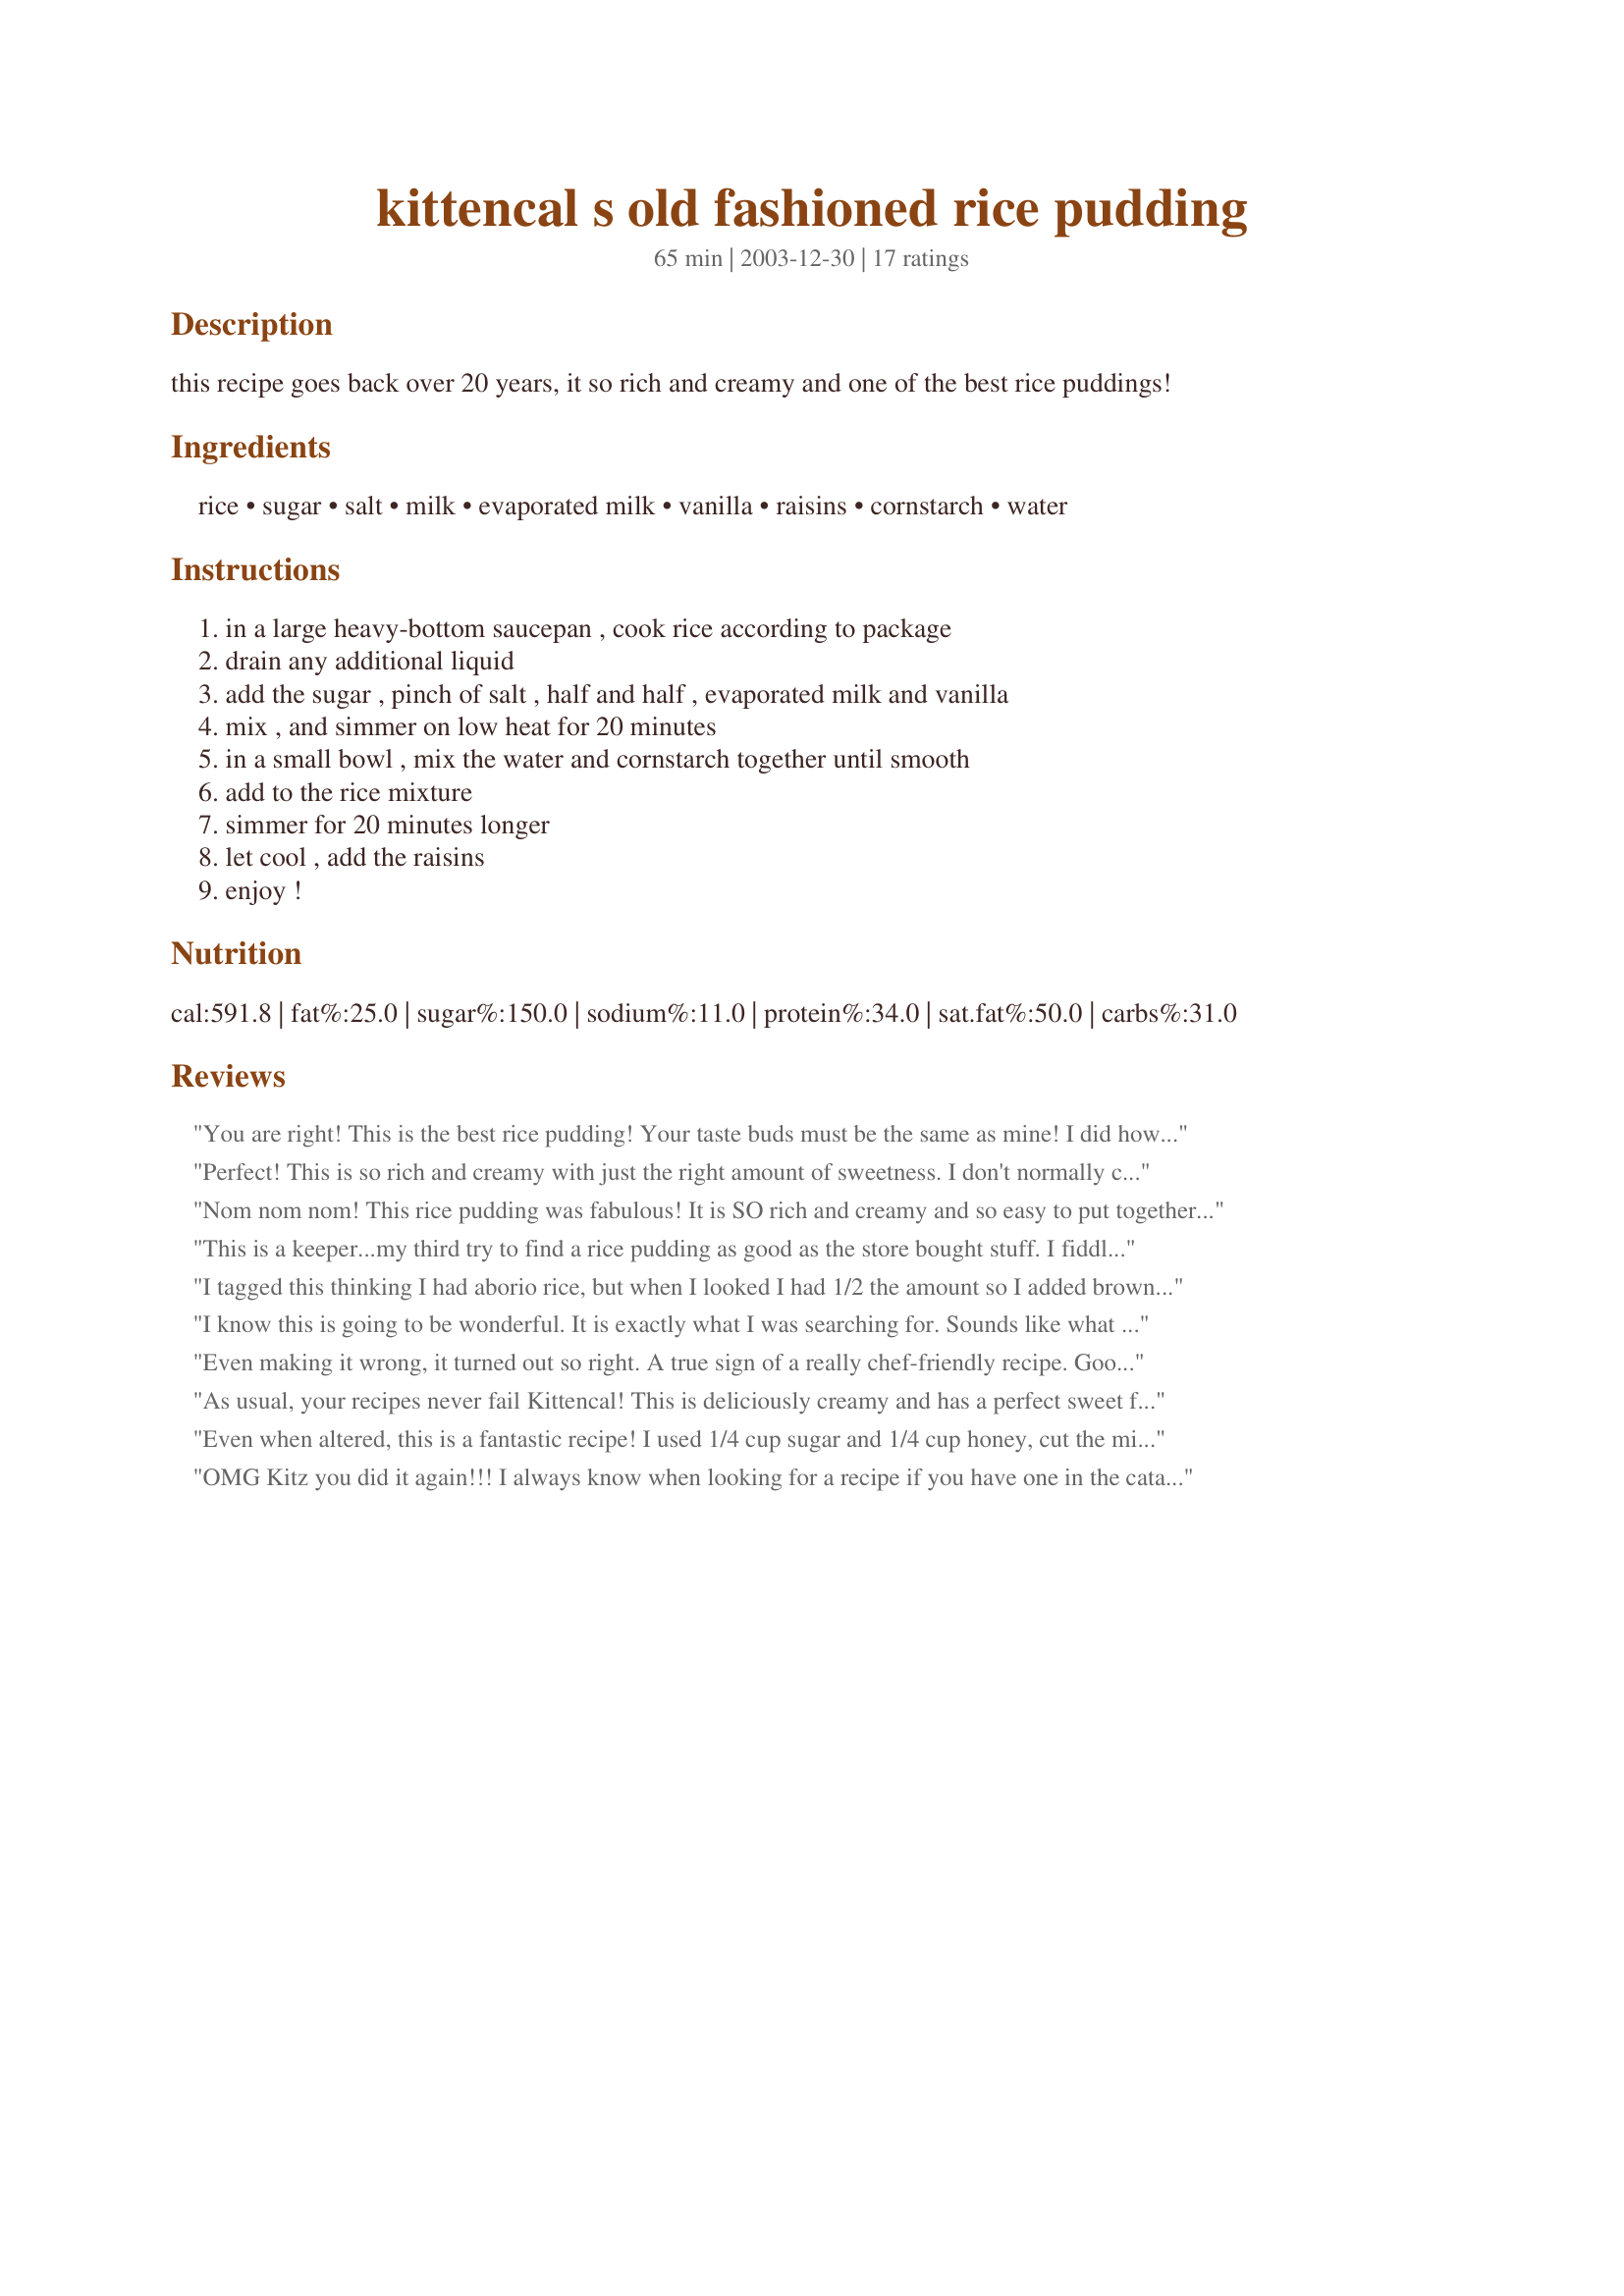
kittencal s old fashioned rice pudding
Preparation time: 65 minutes

this recipe goes back over 20 years, it so rich and creamy and one of the best rice puddings!

Ingredients:
rice, sugar, salt, milk, evaporated milk, vanilla, raisins, cornstarch, water

Steps:
in a large heavy-bottom saucepan , cook rice according to package, drain any additional liquid, add the sugar , pinch of salt , half and half , evaporated milk and vanilla, mix , and simmer on low heat for 20 minutes, in a small bowl , mix the water and cornstarch together until smooth, add to the rice mixture, simmer for 20 minutes longer, let cool , add the raisins, enjoy !

Reviews:
You are right! This is the best rice pudding! Your taste buds must be the same as mine! I did however use Natural whole grain brown rice, brown sugar, and added 1/2 teaspoon lemon extract. Very good! Thanks for another good one!
Perfect! This is so rich and creamy with just the right amount of sweetness. I don't normally cook with evaporated milk and came upon this recipe to try to use it up. I bought the arrborio rice to use for this and I think that's what I'll always use. There's a reason this has been around for 20 years - it's fantastic!
Nom nom nom! This rice pudding was fabulous! It is SO rich and creamy and so easy to put together. I used medium grain rice, skim milk, low-fat half-and-half, low-fat evaporated milk, and Splenda to save on calories. I added 1/2 a cup of raisins to half the batch and sprinkled cinnamon on the top to fill in a small heart-shaped cookie cutter. My boyfriend said this was awesome, and said he couldn't wait to enjoy it ALL. I had to secretly steal some to take home with me ;x I found it a little runny several hours after chilling; however, it definitely thickens in the fridge overnight. I enjoyed this warm and cold.

Note to the impatient: Do NOT leave this baby unattended while cooking! I thought I could let it simmer while I took a quick shower and I discovered an erupted mess. If you must multi-task, make sure you're in the kitchen ;]
This is a keeper...my third try to find a rice pudding as good as the store bought stuff. I fiddled with the cooking time & amounts since I cut the recipe in 1/3, but some of the ingredients I guessed on the right amount for the smaller batch. I should have used a little less sugar and vanilla, but it wasn't the recipe's fault. If I had made a full batch I'm sure it would have come out perfect. I used Pearl rice (short grain from the Mexican section), half & half and Recipe #39562 instead of store bought evaportated milk, and skipped the raisons. The corn starch thickened this up wonderfully. I just ate a warm bowl and can't wait for it to chill so I can have some tomorrow. Wonderful! UPDATE - Cold it is amazing. Tastes just like the rice pudding from the store, only healthier! And 50% of your calcium in 1 serving!
I tagged this thinking I had aborio rice, but when I looked I had 1/2 the amount so I added brown rice. I used Recipe #101039 but any variation of Recipe #53926 would be yummy as well. My can of low fat evaporation milk was 12 ounces with no less riches in end results. I also used equal amounts of non fat milk and 1/2 and 1/2. I did use raisins that I soaked to plump and topped with cinnamon. I wish you all can inhale the aroma of my rice pudding! Just truly lovely! Thanks for a rich and so creamy pudding!
I know this is going to be wonderful. It is exactly what I was searching for. Sounds like what my Mother use to make. Many, Many thanks, Nanilani
Even making it wrong, it turned out so right. A true sign of a really chef-friendly recipe. Good flavor, DH gives it 5. TY for your posting.
As usual, your recipes never fail Kittencal! This is deliciously creamy and has a perfect sweet flavor. I used 1.5 cups cooked rice and halved the rest of the recipe (looking at the pictures compared to mine, I will use a 1 to 2 ratio for uncooked vs. cooked rice next time instead of a 1 to 4 in order to get the right consistency). Thank you!
Even when altered, this is a fantastic recipe! I used 1/4 cup sugar and 1/4 cup honey, cut the milk down to three cups, used a 12oz. can of evaporated milk, and added the reserved juice from a can of mandarin oranges, about 1/2 cup. This made a LOT of pudding and I ended up simmering for about 20 minutes longer because it wasn't thickening up quickly enough. But it turned out SO GOOD! Was delicious hot a few hours ago and I'm eating it now chilled. Next time, I may add 1/2 tsp of cinnamon. Thanks for a fantastic recipe!
OMG Kitz you did it again!!! I always know when looking for a recipe if you have one in the catagory to make that first. I didn&#039;t have the Aborio Rice but did have Calrose Short Grain, No evaporated milk so substituted Heavy Cream which I pretty much always have a quart or two of... no raisins??? Used dried cranberries instead. Was a tad bit concerned since my old recipe of Rice Pudding was made with eggs... but figured what the heck you know what you are doing... so went with it. Am I ever glad I did, this is really a very nice rich, but not too rich pudding that will make a wonderful dessert with tonights meal and because I doubled it ( I do love rice pudding) I will have plenty for snacks and treats this week. Thank you for another Kittencal wonderful and delicious recipe!!!
I wasn't sure about the evaporated milk ethier and it was the first time for me to cook with Arborio Rice as I have eaten Risotto but not Arborio Rice Pudding. Well, I'm a convert to Arborio Rice Pudding but the verdict is still out on the evaporated milk, I will have to tinker with that still! I made the rice pudding according to instructions and I just had some ice cold this morning {I never eat Rice Pudding warm} absolutely yummy with a tiny bit of cream! Anyone wondering as I did about the 3 Tablespoons of cornstarch it does not affect the taste in any way. Thanks again for posting this timeless recipe which will go to my Heirloom Cookbook, Kittencalskitchen!
I tried this recipe last night, it is simply the most dreamy rice pudding I have tasted yet, except for my grandmother's.
Very nice and creamy! I used no fat half and half and a cup of raisins after soaking for a few minutes to plump them. This pudding is so creamy and rich and makes at least 1 1/2 quarts of pudding, personally, I would say this recipe would serve closer to 8-10. Thanks again, Kittencal!
Wow! After the first bite, I never even saw them chew. They just handed me back empty bowls. Thanks yet again Kitten.
I normally make rice pudding with medium grain pasta but was having a "sweet attack" and only had Uncle Ben's Long Grain on hand. I also used one percent milk and two percent evaporated milk. It was rare that I didn't have any half n half or fuller fat milk on hand, but I called this a "low fat" pudding and could eat twice as much! I had never seen the cornstarch mixture added at the end before and liked the effect. The evaporated milk gives the taste that there are eggs in the pudding. This was VERY creamy and delicious! Thanks Kitten for ANOTHER great recipe!

Roxygirl
I just made the recipe and it tasted amazing!! Very creamy and rich, full of flavour.I'll be looking this recipe up next time i make rice pudding.
Wow, this was awesome! I loved that it didn't have eggs in it at all. Smooth and creamy.
